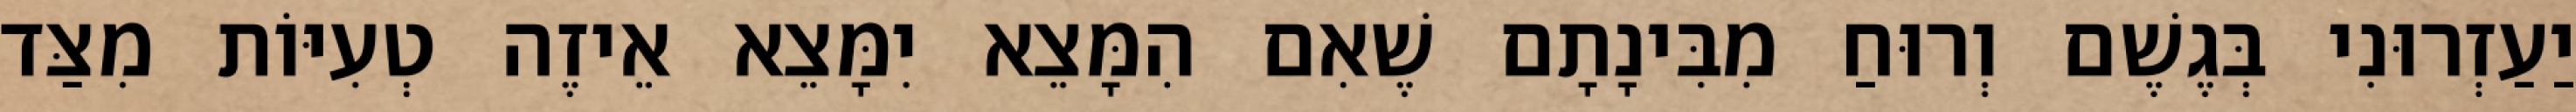
יַעַזְרוּנִי בְּגֶשֶׁם וְרוּחַ מִבִּינָתָם שֶׁאִם הִמָּצֵא יִמָּצֵא אֵיזֶה טְעִיּוֹת מִצַּד